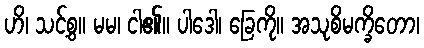
ဟိ၊ သင့်စွ။ မမ၊ ငါ၏။ ပါဒေါ၊ ခြေကို။ အသုစိမက္ခိတော၊